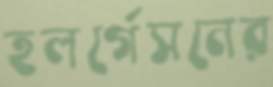
হলর্গেসনের